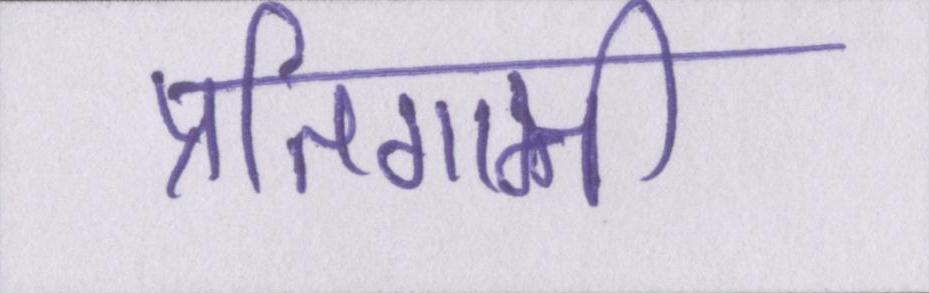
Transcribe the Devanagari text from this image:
प्रतिगामी